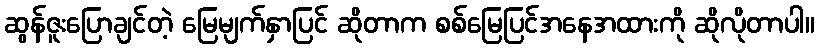
ဆွန်ဇူးပြောချင်တဲ့ မြေမျက်နှာပြင် ဆိုတာက စစ်မြေပြင်အနေအထားကို ဆိုလိုတာပါ။